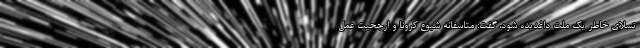
تسلای خاطر یک ملت داغدیده شود، گفت: متاسفانه شیوع کرونا و ارجحیت عمل